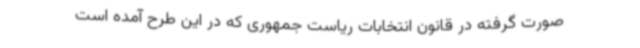
صورت گرفته در قانون انتخابات ریاست جمهوری که در این طرح آمده است